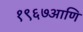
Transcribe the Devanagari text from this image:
१९६७आणि